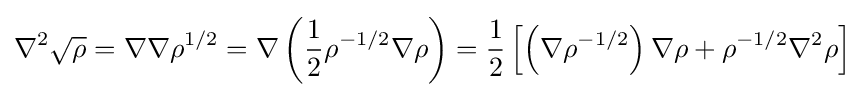
\nabla ^{2}{\sqrt {\rho }}=\nabla \nabla \rho ^{1/2}=\nabla \left({\frac {1}{2}}\rho ^{-1/2}\nabla \rho \right)={\frac {1}{2}}\left[\left(\nabla \rho ^{-1/2}\right)\nabla \rho +\rho ^{-1/2}\nabla ^{2}\rho \right]